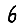
Digit: 6